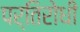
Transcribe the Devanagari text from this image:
पर्तिरोधी